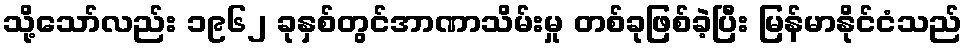
သို့သော်လည်း ၁၉၆၂ ခုနှစ်တွင်အာဏာသိမ်းမှု တစ်ခုဖြစ်ခဲ့ပြီး မြန်မာနိုင်ငံသည်